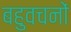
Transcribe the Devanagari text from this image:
बहुवचनों